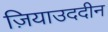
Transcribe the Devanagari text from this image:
ज़ियाउददीन